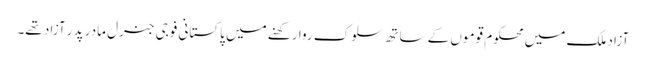
آزاد ملک میں محکوم قوموں کے ساتھ سلوک روا رکھنے میں پاکستانی فوجی جنرل مادر پدر آزاد تھے۔